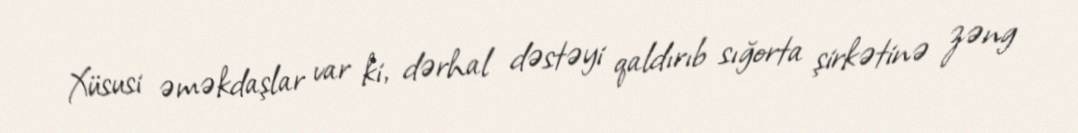
Xüsusi əməkdaşlar var ki, dərhal dəstəyi qaldırıb sığorta şirkətinə zəng